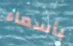
بأسماء